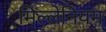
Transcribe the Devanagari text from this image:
मिल्लेनियम